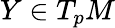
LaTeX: Y\in T_{p}M